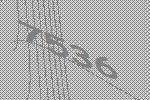
7536